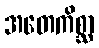
အတေကိစ္ဆာ